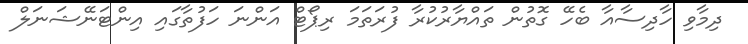
ދިމާވި ހާދިސާއާ ބެހޭ ގޮތުން ތައްޔާރުކުރާ ފުރަތަމަ ރިޕޯޓް އަންނަ ހަފުތާގައި އިންޓަނޭޝަނަލް